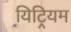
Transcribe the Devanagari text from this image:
यिट्रियम